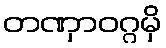
တဏှာဝဂ္ဂမှိ